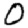
Digit: 0